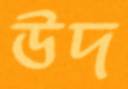
উদ